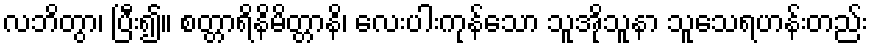
လဘိတွာ၊ ပြီး၍။ စတ္တာရိနိမိတ္တာနိ၊ လေးပါးကုန်သော သူအိုသူနာ သူသေရဟန်းတည်း